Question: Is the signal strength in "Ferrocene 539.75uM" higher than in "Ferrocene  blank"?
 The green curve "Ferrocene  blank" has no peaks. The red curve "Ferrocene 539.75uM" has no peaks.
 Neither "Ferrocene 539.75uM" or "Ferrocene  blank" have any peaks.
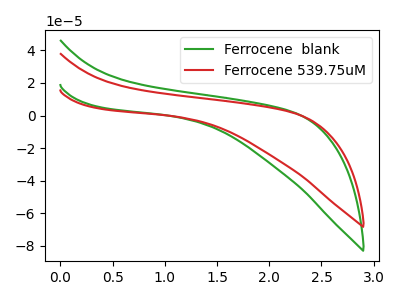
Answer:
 <answer>I cant tell if "Ferrocene 539.75uM" or "Ferrocene  blank" has more signal.</answer>
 <eval>mixed_signal</eval>